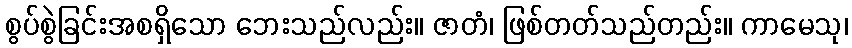
စွပ်စွဲခြင်းအစရှိသော ဘေးသည်လည်း။ ဇာတံ၊ ဖြစ်တတ်သည်တည်း။ ကာမေသု၊